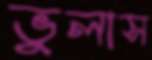
ভুলাস